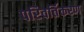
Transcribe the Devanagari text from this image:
परिवर्तिकरण